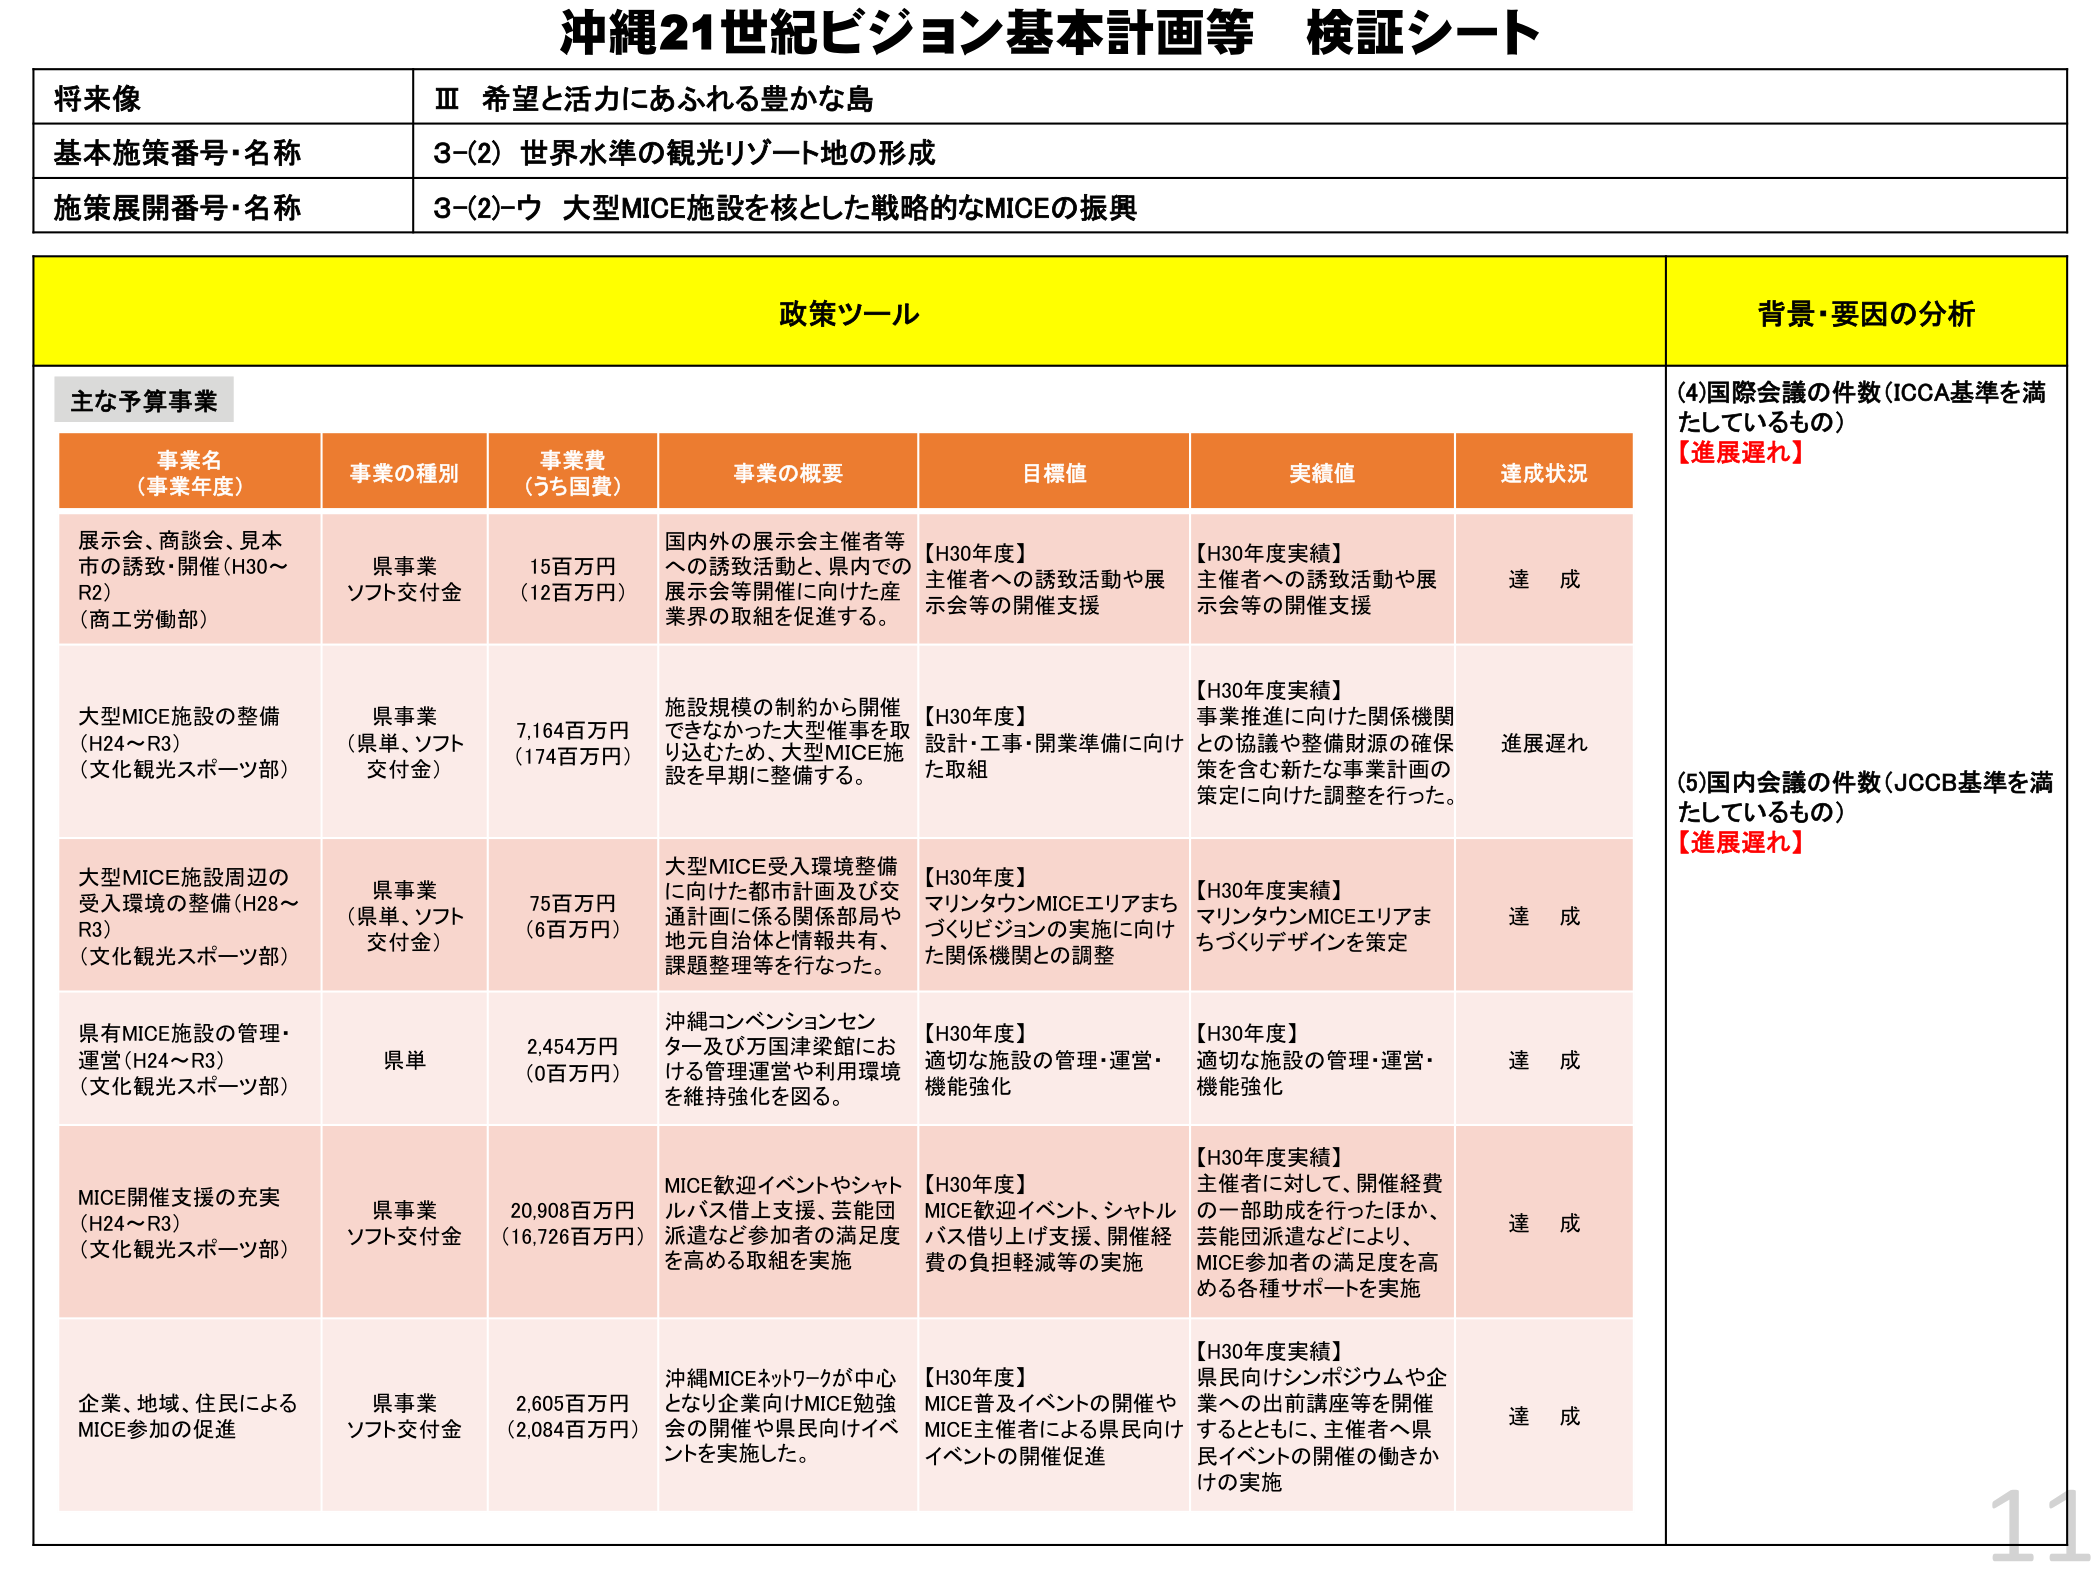
沖縄21世紀ビジョン基本計画等 検証シート

将来像
Ⅲ 希望と活力にあふれる豊かな島

基本施策番号・名称
3-(2) 世界水準の観光リゾート地の形成

施策展開番号・名称
3-(2)-ウ 大型MICE施設を核とした戦略的なMICEの振興

政策ツール

主な予算事業

事業名（事業年度）
事業の種別
事業費（うち国費）
事業の概要
目標値
実績値
達成状況

展示会、商談会、見本市の誘致・開催（H30～R2）（商工労働部）
県事業 ソフト交付金
15百万円（12百万円）
国内外の展示会主催者等への誘致活動と、県内での展示会等開催に向けた産業界の取組を促進する。
【H30年度】主催者への誘致活動や展示会等の開催支援
【H30年度実績】主催者への誘致活動や展示会等の開催支援
達成

大型MICE施設の整備（H24～R3）（文化観光スポーツ部）
県事業（県単、ソフト交付金）
7,164百万円（174百万円）
施設規模の制約から開催できなかった大型催事を取り込むため、大型MICE施設を早期に整備する。
【H30年度】設計・工事・開業準備に向けた取組
【H30年度実績】事業推進に向けた関係機関との協議や整備財源の確保策を含む新たな事業計画の策定に向けた調整を行った。
進展遅れ

大型MICE施設周辺の受入環境の整備（H28～R3）（文化観光スポーツ部）
県事業（県単、ソフト交付金）
75百万円（6百万円）
大型MICE受入環境整備に向けた都市計画及び交通計画に係る関係部局や地元自治体と情報共有、課題整理等を行なった。
【H30年度】マリンタウンMICEエリアまちづくりビジョンの実施に向けた関係機関との調整
【H30年度実績】マリンタウンMICEエリアまちづくりデザインを策定
達成

県有MICE施設の管理・運営（H24～R3）（文化観光スポーツ部）
県単
2,454万円（0百万円）
沖縄コンベンションセンター及び万国津梁館における管理運営や利用環境を維持強化を図る。
【H30年度】適切な施設の管理・運営・機能強化
【H30年度】適切な施設の管理・運営・機能強化
達成

MICE開催支援の充実（H24～R3）（文化観光スポーツ部）
県事業 ソフト交付金
20,908百万円（16,726百万円）
MICE歓迎イベントやシャトルバス借上支援、芸能団派遣など参加者の満足度を高める取組を実施
【H30年度】MICE歓迎イベント、シャトルバス借り上げ支援、開催経費の負担軽減等の実施
【H30年度実績】主催者に対して、開催経費の一部助成を行ったほか、芸能団派遣などにより、MICE参加者の満足度を高める各種サポートを実施
達成

企業、地域、住民によるMICE参加の促進
県事業 ソフト交付金
2,605百万円（2,084百万円）
沖縄MICEネットワークが中心となり企業向けMICE勉強会の開催や県民向けイベントを実施した。
【H30年度】MICE普及イベントの開催やMICE主催者による県民向けイベントの開催促進
【H30年度実績】県民向けシンポジウムや企業への出前講座等を開催するとともに、主催者へ県民イベントの開催の働きかけの実施
達成

背景・要因の分析

(4)国際会議の件数（ICCA基準を満たしているもの）
【進展遅れ】

(5)国内会議の件数（JCCB基準を満たしているもの）
【進展遅れ】

11